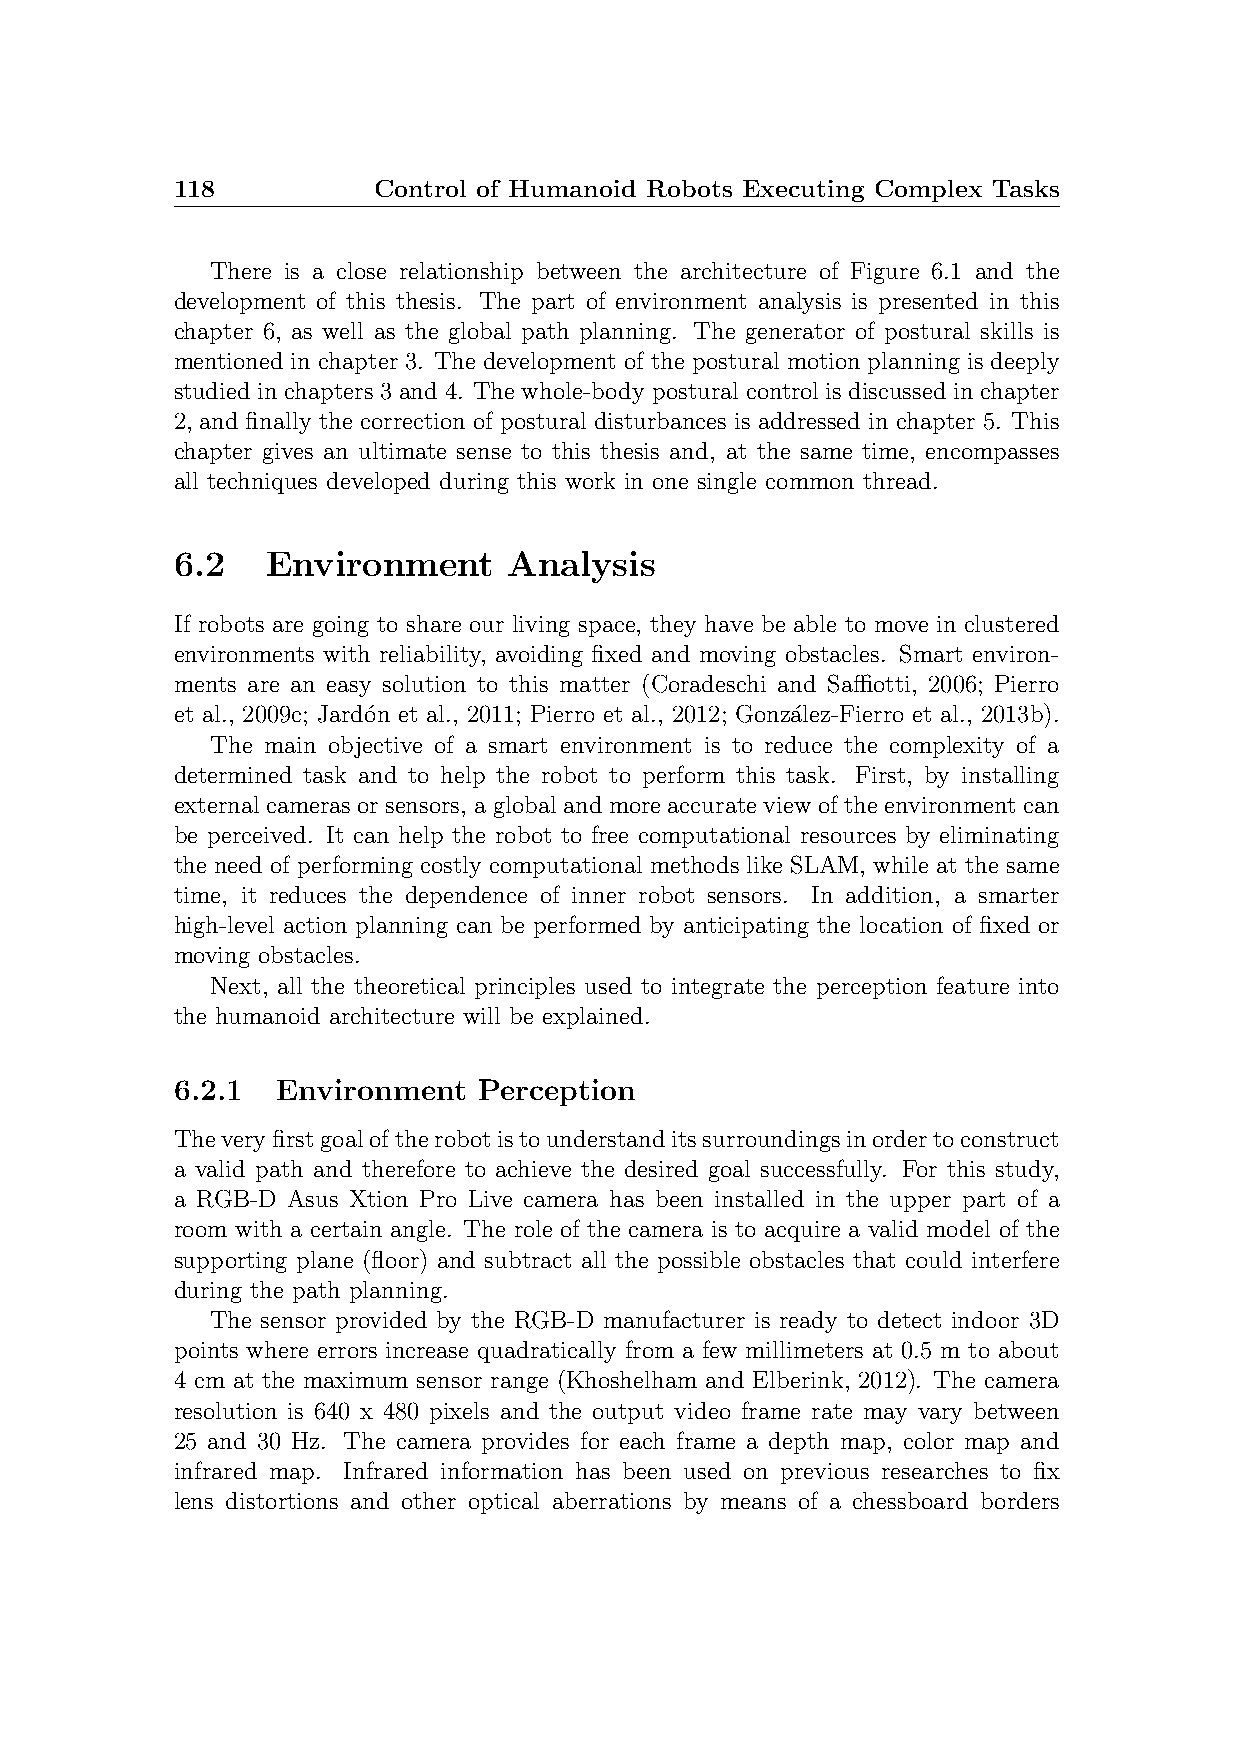
118           Control of Humanoid Robots Executing Complex Tasks
 There is a close relationship between the architecture of Figure 6.1 and the
 development of this thesis. The part of environment analysis is presented in this
 chapter 6, as well as the global path planning. The generator of postural skills is
 mentioned in chapter 3. The development of the postural motion planning is deeply
 studied in chapters 3 and 4. The whole-body postural control is discussed in chapter
 2, and finally the correction of postural disturbances is addressed in chapter 5. This
 chapter gives an ultimate sense to this thesis and, at the same time, encompasses
 all techniques developed during this work in one single common thread.
 6.2    Environment     Analysis
 If robots are going to share our living space, they have be able to move in clustered
 environments with reliability, avoiding fixed and moving obstacles. Smart environ-
 ments are an easy solution to this matter (Coradeschi and Saffiotti, 2006; Pierro
 et al., 2009c; Jard´on et al., 2011; Pierro et al., 2012; Gonza´lez-Fierro et al., 2013b).
 The main objective of a smart environment is to reduce the complexity of a
 determined task and to help the robot to perform this task. First, by installing
 external cameras or sensors, a global and more accurate view of the environment can
 be perceived. It can help the robot to free computational resources by eliminating
 the need of performing costly computational methods like SLAM, while at the same
 time, it reduces the dependence of inner robot sensors. In addition, a smarter
 high-level action planning can be performed by anticipating the location of fixed or
 moving obstacles.
 Next, all the theoretical principles used to integrate the perception feature into
 the humanoid architecture will be explained.
 6.2.1  Environment   Perception
 Theveryfirstgoaloftherobotistounderstanditssurroundingsinordertoconstruct
 a valid path and therefore to achieve the desired goal successfully. For this study,
 a RGB-D Asus Xtion Pro Live camera has been installed in the upper part of a
 room with a certain angle. The role of the camera is to acquire a valid model of the
 supporting plane (floor) and subtract all the possible obstacles that could interfere
 during the path planning.
 The sensor provided by the RGB-D manufacturer is ready to detect indoor 3D
 points where errors increase quadratically from a few millimeters at 0.5 m to about
 4 cm at the maximum sensor range (Khoshelham and Elberink, 2012). The camera
 resolution is 640 x 480 pixels and the output video frame rate may vary between
 25 and 30 Hz. The camera provides for each frame a depth map, color map and
 infrared map. Infrared information has been used on previous researches to fix
 lens distortions and other optical aberrations by means of a chessboard borders